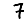
Digit: 7